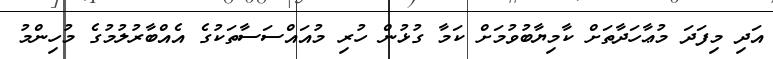
އަދި މިފަދަ މުޢާހަދާތަށް ކާމިޔާބުވުމަށް ކަމާ ގުޅުން ހުރި މުއައްސަސާތަކުގެ އެއްބާރުލުމުގެ މުހިންމު